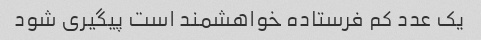
یک عدد کم فرستاده خواهشمند است پیگیری شود